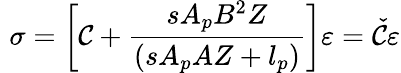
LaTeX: \, \, \sigma=\left[\mathcal{C}+\frac{{sA_{p}B^{2}Z}}{{\left(sA_{p}AZ+l_{p}\right)}}\right]\varepsilon=\check{{\mathcal{C}}}\varepsilon